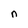
Character: n